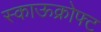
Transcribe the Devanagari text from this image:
स्काऊक्रोफ्ट